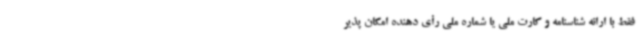
فقط با ارائه شناسنامه و کارت ملی یا شماره ملی رأی دهنده امکان پذیر